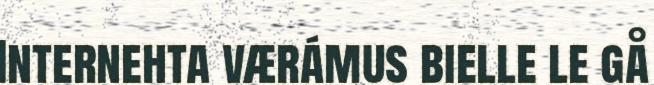
Internehta værámus bielle le gå